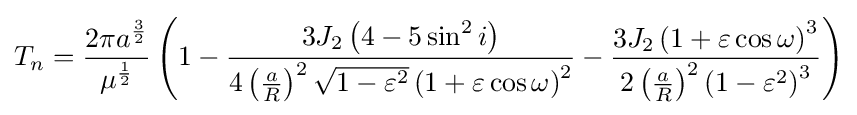
T_{n}={\frac {2\pi a^{\frac {3}{2}}}{\mu ^{\frac {1}{2}}}}\left(1-{\frac {3J_{2}\left(4-5\sin ^{2}i\right)}{4\left({\frac {a}{R}}\right)^{2}{\sqrt {1-\varepsilon ^{2}}}\left(1+\varepsilon \cos \omega \right)^{2}}}-{\frac {3J_{2}\left(1+\varepsilon \cos \omega \right)^{3}}{2\left({\frac {a}{R}}\right)^{2}\left(1-\varepsilon ^{2}\right)^{3}}}\right)